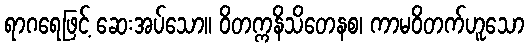
ရာဂရေဖြင့် ဆေးအပ်သော။ ဝိတက္ကနိသိတေနစ၊ ကာမဝိတက်ဟူသော